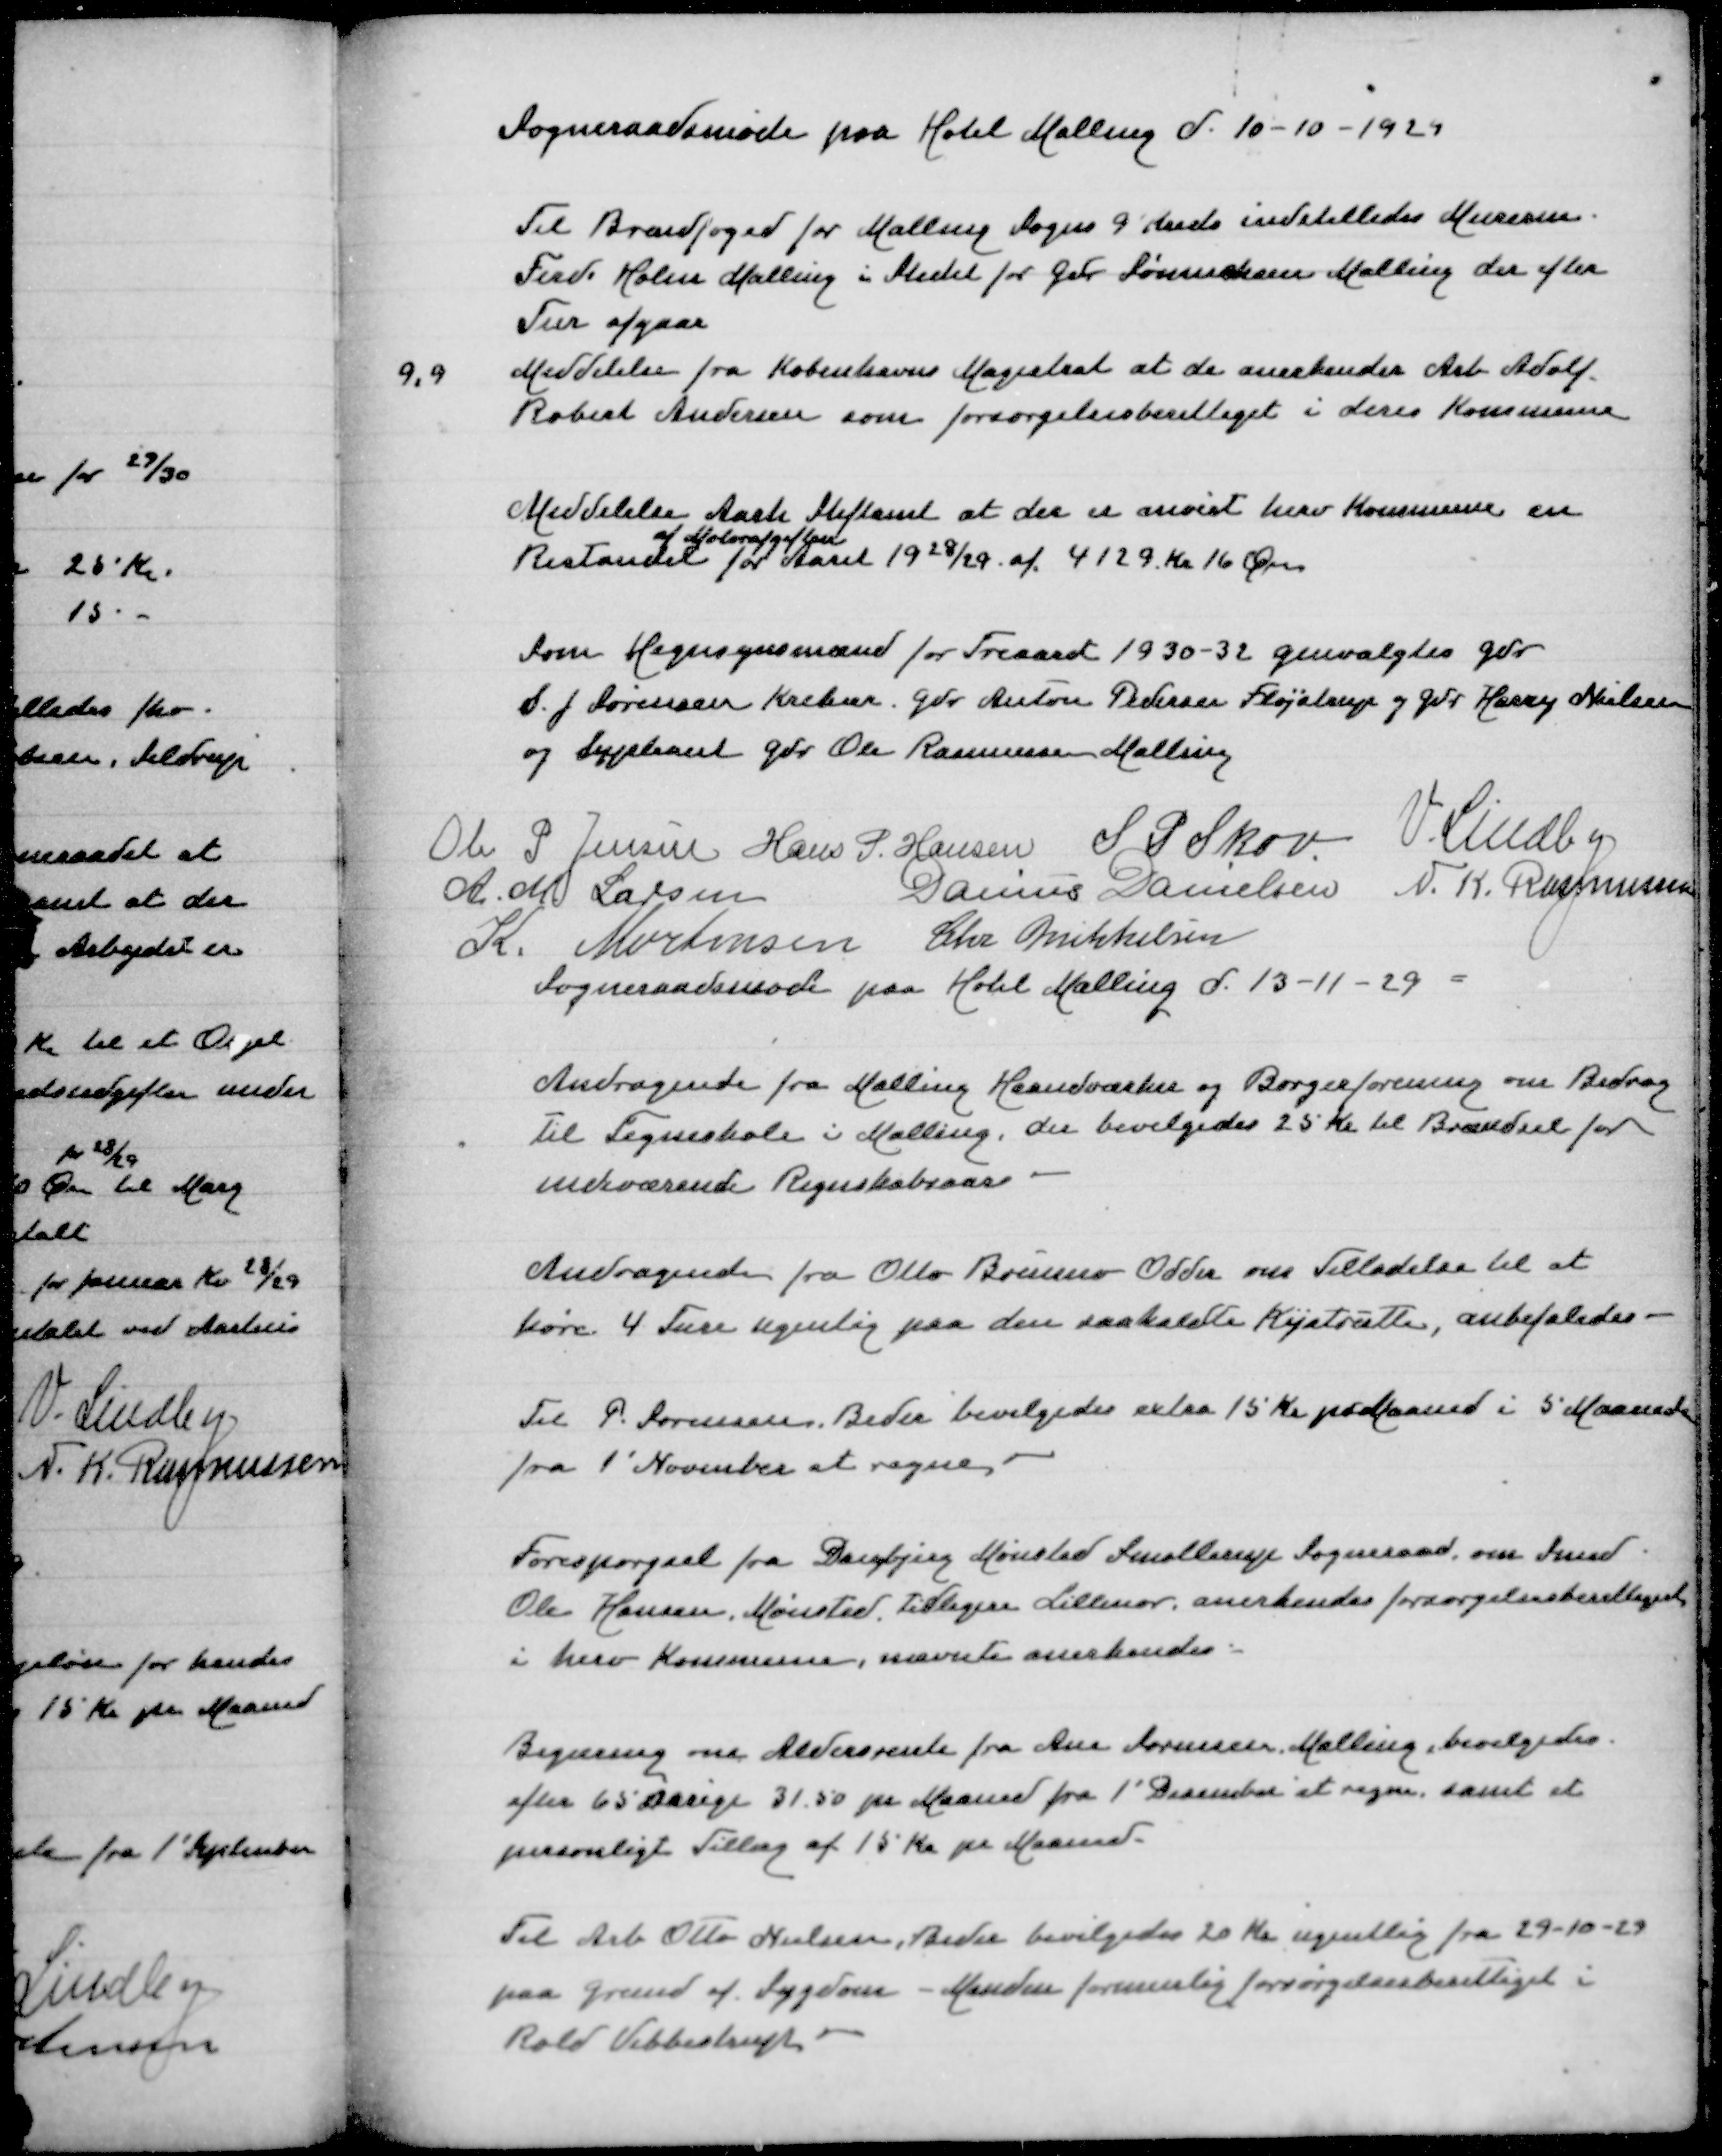
Transskription:
Sogneraadsmøde paa Hotel Malling d 10-10-1929

Til Brandfoged for Malling Sogns 9 Kreds indstilledes Murerm
Ferd Holm Malling i Stedet for Gdr Sønnichsen Malling der efter
Tur afgaar
9,9 Meddelelse fra Københavns Magistrat at de anerkender Arb Adolf
Robert Andersen som forsørgelsesberettiget i deres kommune

Meddelelse fra Aarh Stiftamt at der er anvist herv Kommune en
af Motorafgiften
Restandel for Aaret 1928/29 af 4129 Kr 16 Øre

Som Hegnsynsmand for Treaaret 1930-32 genvalgtes Gdr
S J Sørensen Krekær, Gdr Anton Pedersen Fløjstrup og Gdr Harry Nielsen
og Supleant Gdr Ole Rasmusssen Malling

Ole P Jensen
Hans P Hansen
S P Skov
V Lindby
A M Larsen
Danius Danielsen
N K Rasmussen
K Mortensen
Chr Mikkelsen
Sogneraadsmøde paa Hotel Malling d 13-11-29

Andragende fra Malling Haandværker og Borgerforening om Bidrag
til Tegneskole i Malling, der bevilgedes 25 Kr til Brændsel for
indeværende Regnskabsaar

Andragende fra Otto Brunno Odder om Tilladelse til at
køre 4 Ture ugentlig paa den sakaldte Kystrute, anbefaledes

Til P Sørensen, Beder bevilgedes extra 15 Kr pr Maaned i 5 Maaneder
fra 1' November at regne

Forespørgsel fra Daugbjerg Mønsted Smollerup Sogneraad, om Smed
Ole Hansen Mønsted, tidligere Lillenor anerkendes forsørgelsesberettiget
i herv Kommune, nævnte anerkendes

Begæring om Aldersrente fra Ane Sørensen Malling, bevilgedes
efter 65 aarige 31.50 pr Maaned fra 1' December at regne samt et
personligt Tillæg af 15 Kr pr Maaned

Til Arb Otto Nielsen, Beder bevilgedes 20 Kr ugentlig fra 29-10-29
paa Grund af Sygdom - Manden formenlig forsørgelsesberettiget i
Rold Vebbestrup